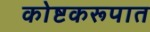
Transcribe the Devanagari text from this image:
कोष्टकरूपात